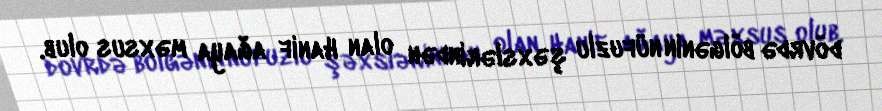
dövrdə bölgənin nüfuzlu şəxslərindən olan Hanif ağaya məxsus olub.